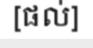
[ផល់]